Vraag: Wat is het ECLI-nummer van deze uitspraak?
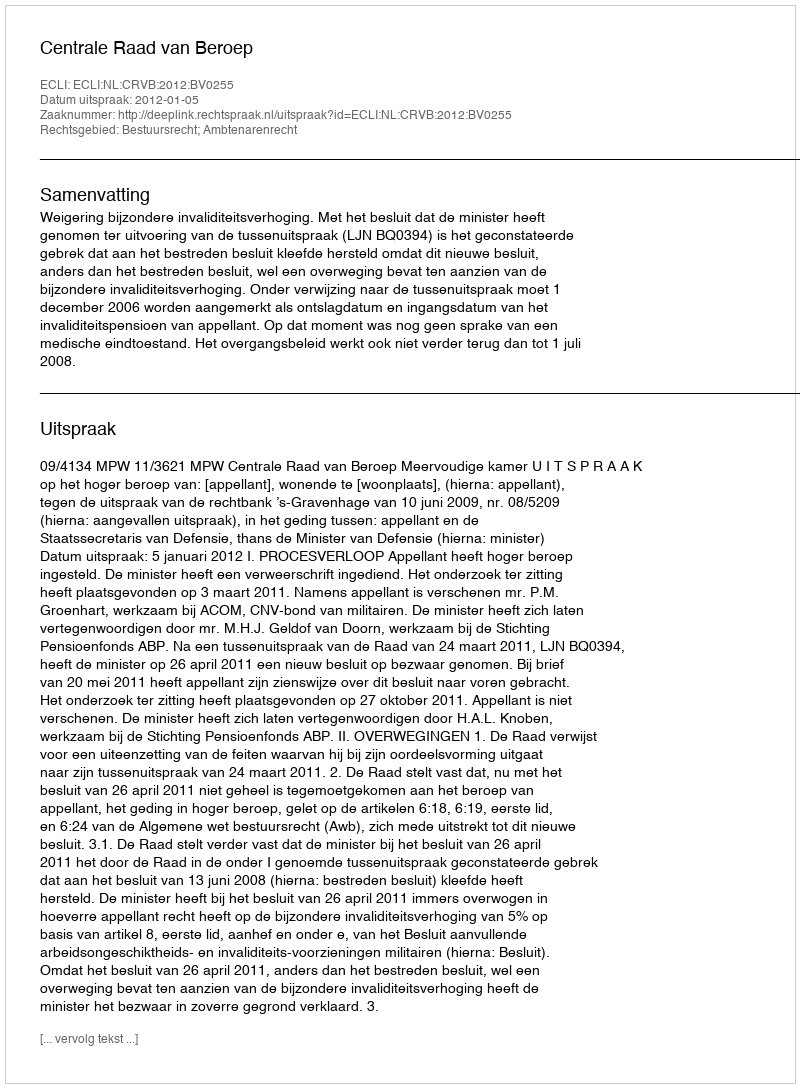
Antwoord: ECLI:NL:CRVB:2012:BV0255